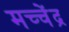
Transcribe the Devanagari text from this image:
मच्चेंद्र